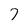
Character: 7